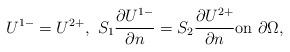
LaTeX: \begin{align*}U^{1-}=U^{2+}, \ S_1\frac{\partial U^{1-}}{\partial n}= S_2\frac{\partial U^{2+}}{\partial n} \mbox{on } \partial \Omega,\end{align*}